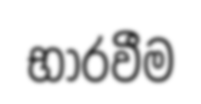
භාරවීම